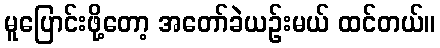
မူပြောင်းဖို့တော့ အတော်ခဲယဉ်းမယ် ထင်တယ်။